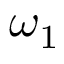
\omega _ { 1 }